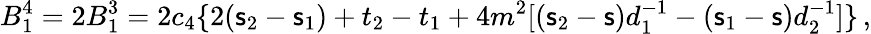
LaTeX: B_{1}^{4}=2B_{1}^{3}=2c_{4}\{ 2(\mathsf{s}_{2}-\mathsf{s}_{1})+t_{2}-t_{1}+4m^{2}[(\mathsf{s}_{2}-\mathsf{s})d_{1}^{-1}-(\mathsf{s}_{1}-\mathsf{s})d_{2}^{-1}]\} \, ,